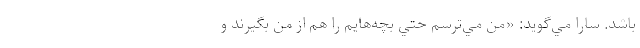
باشد. سارا مي‌گويد: «من مي‌ترسم حتي بچه‌هايم را هم از من بگيرند و